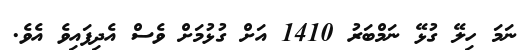
ނަމަ ހިލޭ ގުޅޭ ނަމްބަރު 1410 އަށް ގުޅުމަށް ވެސް އެދިފައިވެ އެވެ.